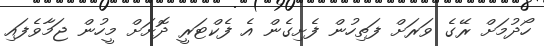
ހޯދުމަށް ރޭގެ ވަރަށް ފަތިހުން ފެށިގެން އެ ފެކްޓަރީ ދޮށަށް މީހުން ޖަމާވެފައި